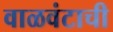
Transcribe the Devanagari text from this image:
वाळवंटाची